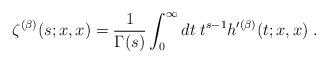
LaTeX: \begin{align*}\zeta^{(\beta)}(s;x,x) = \frac{1}{\Gamma(s)}\int_0^{\infty} dt\; t^{s-1} h'^{(\beta)}(t;x,x)\;.\end{align*}